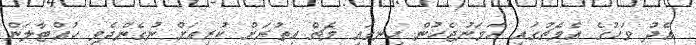
އެދު ވަހުގެ އެމެޗުގައި ހަމަނުޖެހުން ހިނގައި މެޗް އިތުރަށް ކުރިއަށް ނުގެންދެވި ހުއްޓާލަން